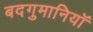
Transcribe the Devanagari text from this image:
बदगुमानियाॅ